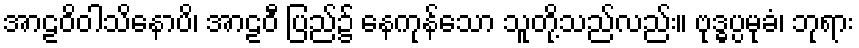
အာဠဝိဝါသိနောပိ၊ အာဠဝီ ပြည်၌ နေကုန်သော သူတို့သည်လည်း။ ဗုဒ္ဓပ္ပမုခံ၊ ဘုရား